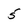
Character: 5